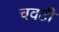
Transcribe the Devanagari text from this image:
चवटी